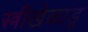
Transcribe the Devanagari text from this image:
स्त्रीखेळाडू